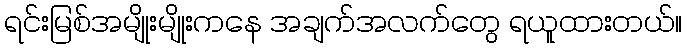
ရင်းမြစ်အမျိုးမျိုးကနေ အချက်အလက်တွေ ရယူထားတယ်။